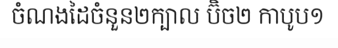
ចំណងដៃចំនួន២ក្បាល ប៊ិច២ កាបូប១